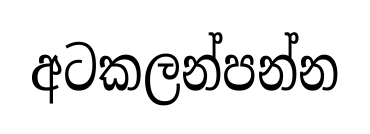
අටකලන්පන්න